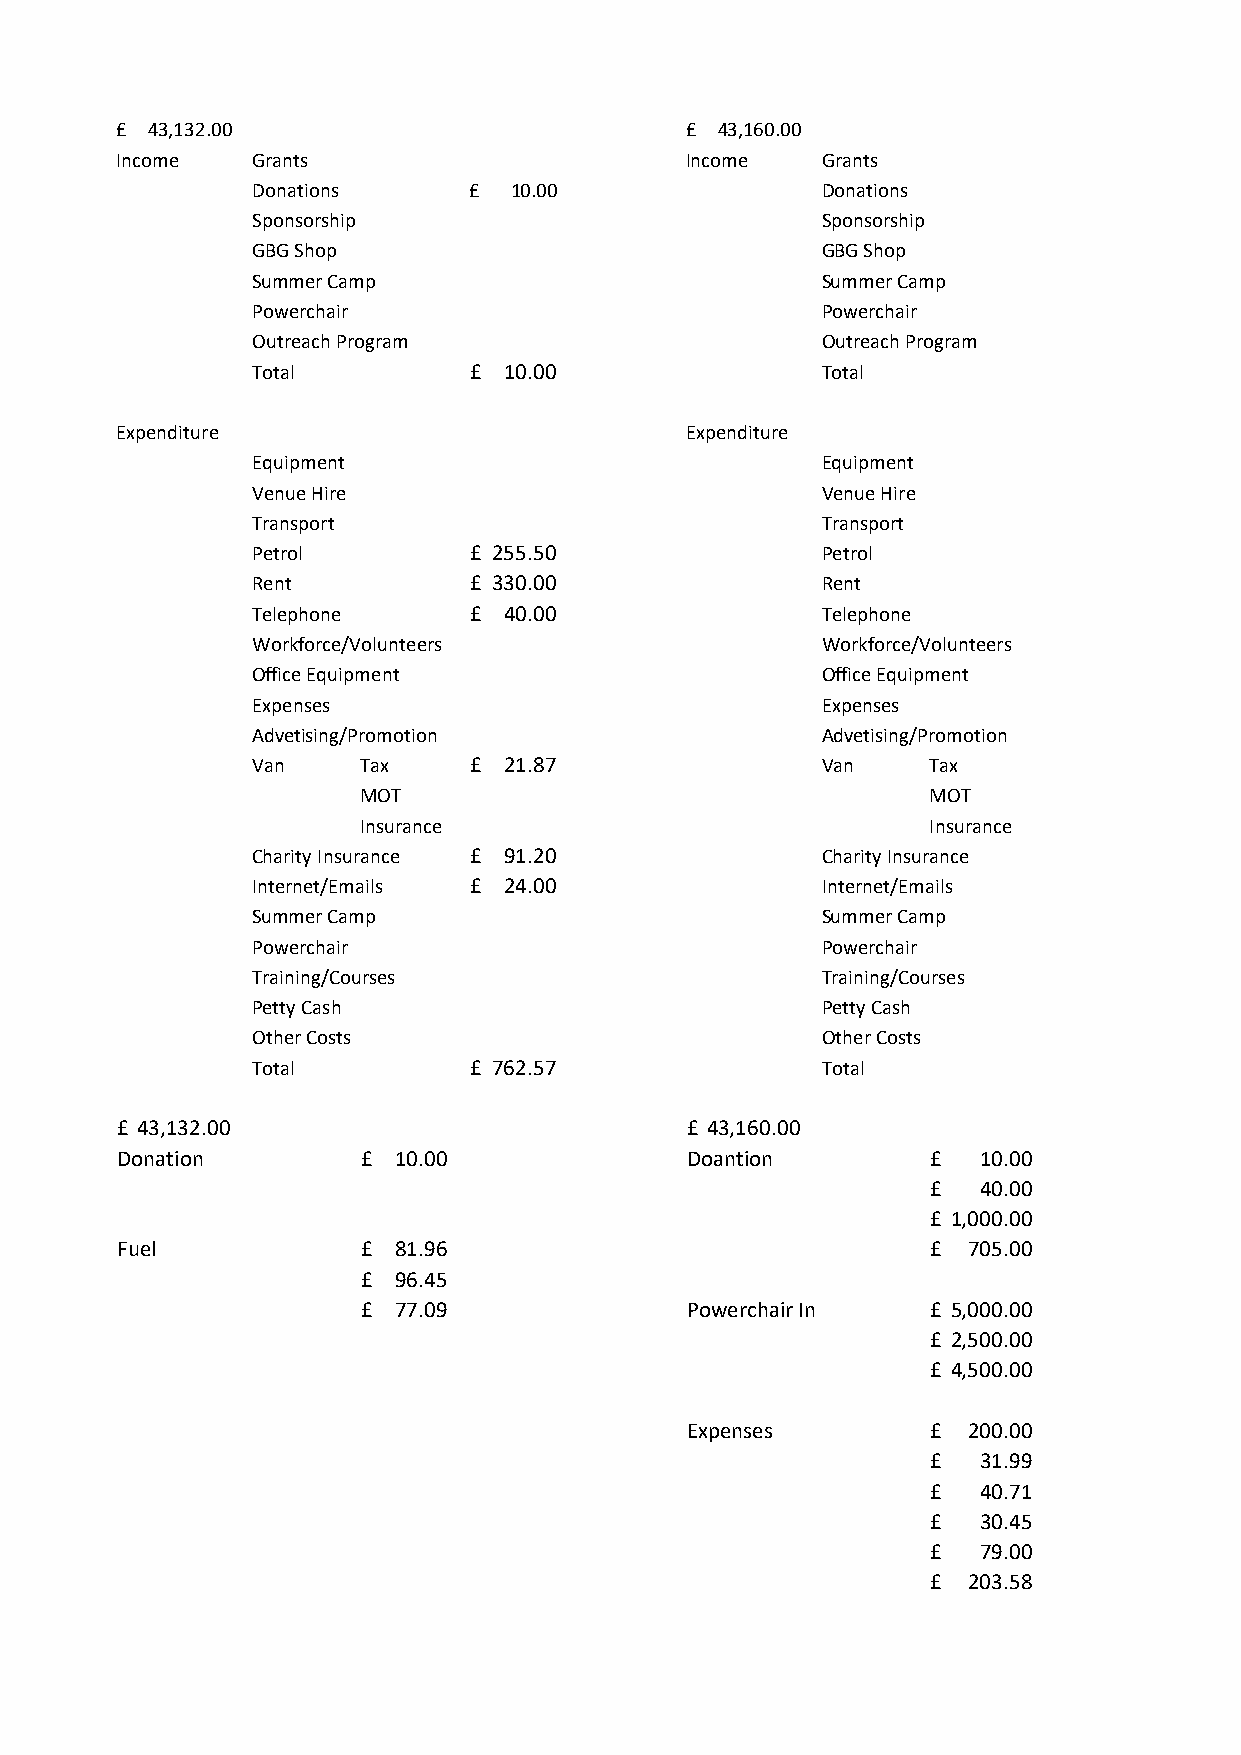
£ 43,132.00                          £ 43,160.00
 Income   Grants                      Income   Grants
 Donations     £  10.00               Donations
 Sponsorship                          Sponsorship
 GBG Shop                             GBG Shop
 Summer Camp                          Summer Camp
 Powerchair                           Powerchair
 Outreach Program                     Outreach Program
 Total         £ 10.00                Total
 Expenditure                          Expenditure
 Equipment                            Equipment
 Venue Hire                           Venue Hire
 Transport                            Transport
 Petrol        £ 255.50               Petrol
 Rent          £ 330.00               Rent
 Telephone     £ 40.00                Telephone
 Workforce/Volunteers                 Workforce/Volunteers
 Office Equipment                     Office Equipment
 Expenses                             Expenses
 Advetising/Promotion                 Advetising/Promotion
 Van    Tax    £ 21.87                Van    Tax
 MOT                                  MOT
 Insurance                            Insurance
 Charity Insurance £ 91.20            Charity Insurance
 Internet/Emails £ 24.00              Internet/Emails
 Summer Camp                          Summer Camp
 Powerchair                           Powerchair
 Training/Courses                     Training/Courses
 Petty Cash                           Petty Cash
 Other Costs                          Other Costs
 Total         £ 762.57               Total
 £ 43,132.00                          £ 43,160.00
 Donation        £ 10.00              Doantion         £  10.00
 £  40.00
 £ 1,000.00
 Fuel            £ 81.96                               £ 7 05.00
 £ 96.45
 £ 77.09              Powerchair In    £ 5,000.00
 £ 2,500.00
 £ 4,500.00
 Expenses         £ 2 00.00
 £  31.99
 £  40.71
 £  30.45
 £  79.00
 £ 2 03.58